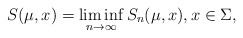
\begin{align*}S(\mu, x)= \liminf_{n\to \infty} S_n(\mu,x),x\in \Sigma,\end{align*}